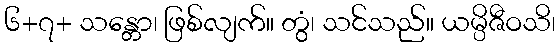
၆+၇+ သန္တော၊ ဖြစ်လျက်။ တွံ၊ သင်သည်။ ယမ္ပိဇီဝသိ၊